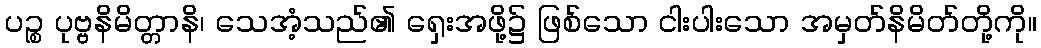
ပဉ္စ ပုဗ္ဗနိမိတ္တာနိ၊ သေအံ့သည်၏ ရှေးအဖို့၌ ဖြစ်သော ငါးပါးသော အမှတ်နိမိတ်တို့ကို။